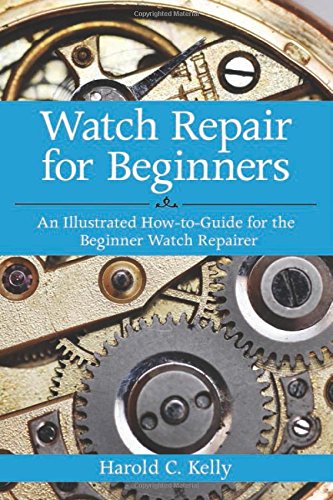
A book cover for Watch Repair for Beginners: An Illustrated How-To Guide for the Beginner Watch Repairer; Harold C. Kelly; Crafts, Hobbies & Home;